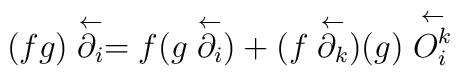
(fg) \stackrel \leftarrow {\partial_i} = f (g\stackrel\leftarrow {\partial _i}) + ( f\stackrel \leftarrow {\partial_k} )(g)\stackrel\leftarrow {O_i^k}